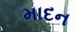
માદન